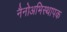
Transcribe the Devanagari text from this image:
नैनोअभिस्थापक